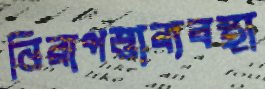
নিরাপত্তাব্যবস্থা